Plague in India, 1896, 1897 - Volume 3
Year: 1896
Disease focus: Plague
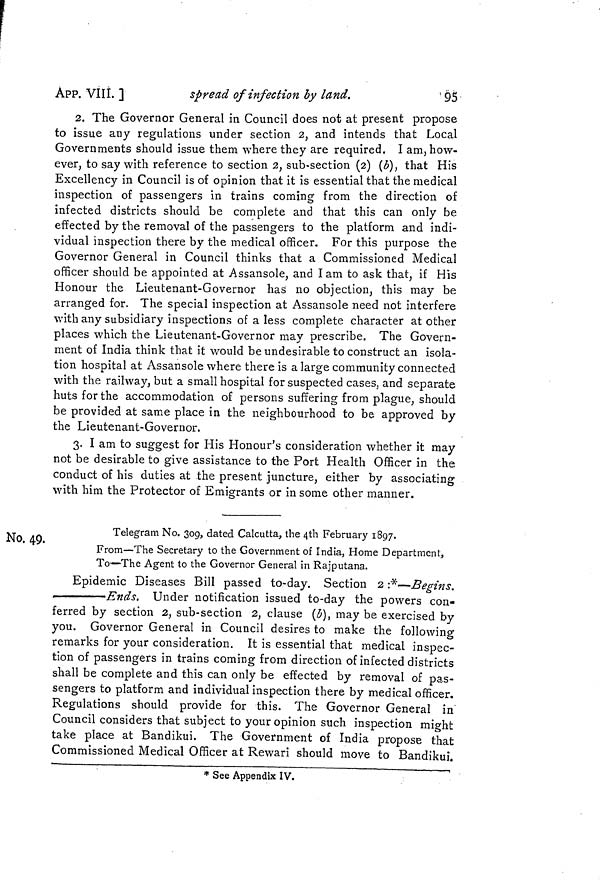
APP. VIII. ]
spread of infection by land.
'95
2. The Governor General in Council does not at present propose
to issue any regulations under section 2, and intends that Local
Governments should issue them where they are required. I am, how-
ever, to say with reference to section 2, sub-section (2) (b), that His
Excellency in Council is of opinion that it is essential that the medical
inspection of passengers in trains coming from the direction of
infected districts should be complete and that this can only be
effected by the removal of the passengers to the platform and indi-
vidual inspection there by the medical officer. For this purpose the
Governor General in Council thinks that a Commissioned Medical
officer should be appointed at Assansole, and I am to ask that, if His
Honour the Lieutenant-Governor has no objection, this may be
arranged for. The special inspection at Assansole need not interfere
with any subsidiary inspections of a less complete character at other
places which the Lieutenant-Governor may prescribe. The Govern-
ment of India think that it would be undesirable to construct an isola-
tion hospital at Assansole where there is a large community connected
with the railway, but a small hospital for suspected cases, and separate
huts for the accommodation of persons suffering from plague, should
be provided at same place in the neighbourhood to be approved by
the Lieutenant-Governor.
3. I am to suggest for His Honour's consideration whether it may
not be desirable to give assistance to the Port Health Officer in the
conduct of his duties at the present juncture, either by associating
with him the Protector of Emigrants or in some other manner.
No. 49.
Telegram No. 309, dated Calcutta, the 4th February 1897.
From—The Secretary to the Government of India, Home Department,
To—The Agent to the Governor General in Rajputana.
Epidemic Diseases Bill passed to-day. Section 2 :*—Begins.
Ends. Under notification issued to-day the powers con-
ferred by section 2, sub-section 2, clause (b), may be exercised by
you. Governor General in Council desires to make the following
remarks for your consideration. It is essential that medical inspec-
tion of passengers in trains coming from direction of infected districts
shall be complete and this can only be effected by removal of pas-
sengers to platform and individual inspection there by medical officer.
Regulations should provide for this. The Governor General in
Council considers that subject to your opinion such inspection might
take place at Bandikui. The Government of India propose that
Commissioned Medical Officer at Rewari should move to Bandikui.
* See Appendix IV.